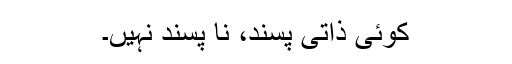
کوئی ذاتی پسند، نا پسند نہیں۔